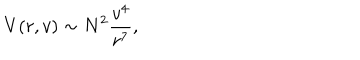
V ( r , v ) \sim N ^ { 2 } \frac { v ^ { 4 } } { r ^ { 7 } } ,